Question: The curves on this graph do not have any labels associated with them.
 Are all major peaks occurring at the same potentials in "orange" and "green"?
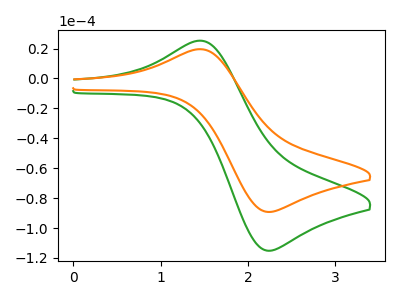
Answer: <think>The green curve "green" has an anodic peak at (1.50V, 25.15uA) and a cathodic peak at (2.25V, -115.20uA). The orange curve "orange" has an anodic peak at (1.50V, 19.50uA) and a cathodic peak at (2.25V, -89.25uA).</think>
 <answer>Yes, "orange" have a peak in "green" at the same potential.</answer>
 <eval>match</eval>